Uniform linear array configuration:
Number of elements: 64
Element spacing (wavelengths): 1
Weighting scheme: hamming
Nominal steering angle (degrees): -60
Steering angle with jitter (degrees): -59.655
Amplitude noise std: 0.05
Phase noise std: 0.05

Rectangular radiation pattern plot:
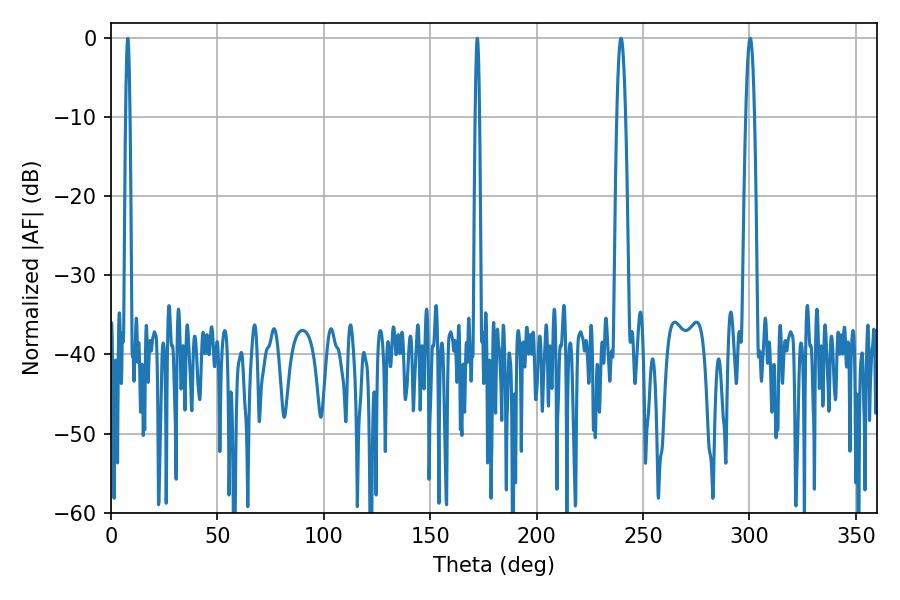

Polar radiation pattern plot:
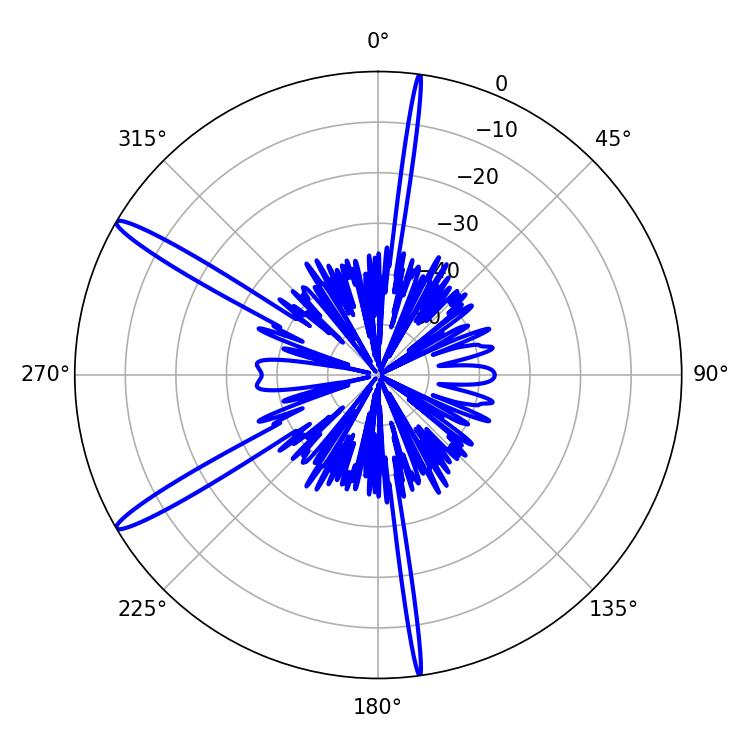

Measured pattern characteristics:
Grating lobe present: TRUE
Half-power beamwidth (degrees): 2.34
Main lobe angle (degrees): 239.58